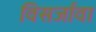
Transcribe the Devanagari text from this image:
विसर्जावा